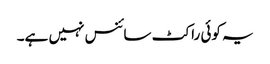
یہ کوئی راکٹ سائنس نہیں ہے۔